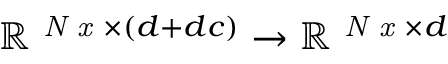
{ \mathbb { R } ^ { \textit { N x } \times ( d + d c ) } \to \mathbb { R } ^ { \textit { N x } \times d } }